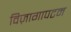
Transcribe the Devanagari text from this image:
विज़ागापटम